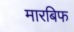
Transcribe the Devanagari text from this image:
मारबिफ